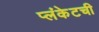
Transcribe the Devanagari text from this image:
प्लंकेटची